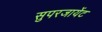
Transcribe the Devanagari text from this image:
सुपरजायेंट